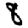
Digit: 8